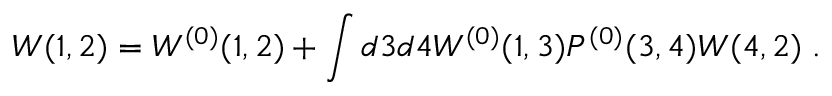
W ( 1 , 2 ) = W ^ { ( 0 ) } ( 1 , 2 ) + \int d 3 d 4 W ^ { ( 0 ) } ( 1 , 3 ) P ^ { ( 0 ) } ( 3 , 4 ) W ( 4 , 2 ) \; .